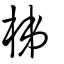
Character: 梯